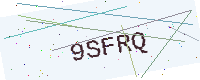
Text: 9SFRQ